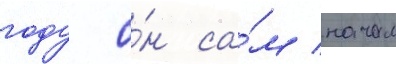
году о́н са́м начал